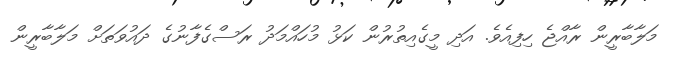
މަލާބާރީން ރާއްޖެ ހިފިއެވެ. އަދި މީގެއިތުރުން ކަޅު މުހައްމަދު ރަސްގެފާނުގެ ދައުވަތަށް މަލާބާރީން